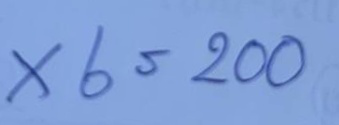
x 6 = 200